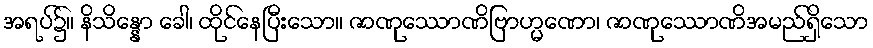
အရပ်၌။ နိသိန္နော ခေါ၊ ထိုင်နေပြီးသော။ ဇာဏုဿောဏိဗြာဟ္မဏော၊ ဇာဏုဿောဏိအမည်ရှိသော